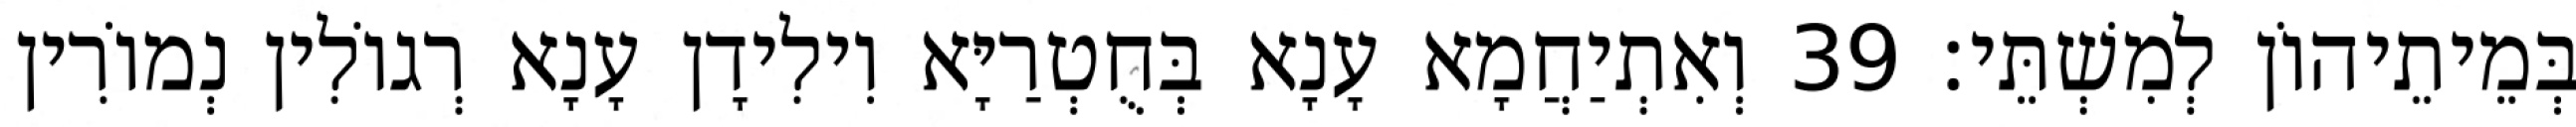
בְּמֵיתֵיהוֹן לְמִשְׁתֵּי׃ 39 וְאִתְיַחֲמָא עָנָא בְּחֻטְרַיָּא וִילִידָן עָנָא רְגוֹלִין נְמוֹרִין